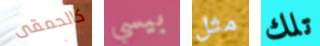
كالحمقى بيسي مثل تلك